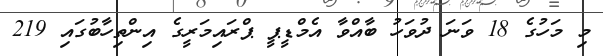
މި މަހުގެ 18 ވަނަ ދުވަހު ބާއްވާ އެމްޑީޕީ ޕްރައިމަރީގެ އިންތިހާބުގައި 219